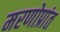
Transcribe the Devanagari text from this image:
मरणोप्रांत